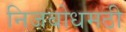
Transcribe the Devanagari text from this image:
निजबोधमठी